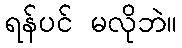
ရန်ပင် မလိုဘဲ။